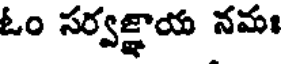
ఓం సర్వజ్ఞాయ నమః